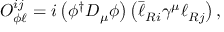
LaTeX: { \cal O } _ { \phi \ell } ^ { i j } = i \left( \phi ^ { \dagger } D _ { \mu } \phi \right) \left( \bar { \ell } _ { R i } \gamma ^ { \mu } \ell _ { R j } \right) ,